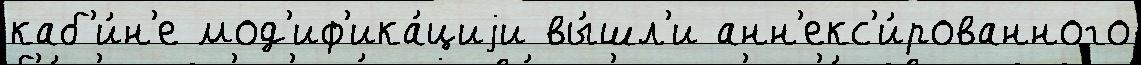
каб'и́н'е мод'иф'ика́циjи вы́шл'и анн'екс'и́рованного